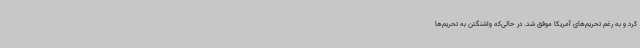
کرد و به رغم تحریم‌های آمریکا موفق شد. در حالی‌که واشنگتن به تحریم‌ها